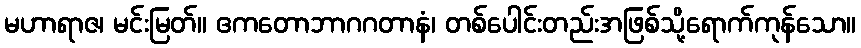
မဟာရာဇ၊ မင်းမြတ်။ ဧကတောဘာဂဂတာနံ၊ တစ်ပေါင်းတည်းအဖြစ်သို့ရောက်ကုန်သော။